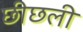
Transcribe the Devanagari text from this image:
छीछली